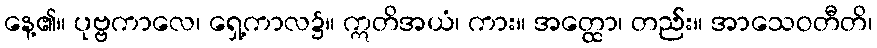
နေ့၏။ ပုဗ္ဗကာလေ၊ ရှေ့ကာလ၌။ ဣတိအယံ၊ ကား။ အတ္ထော၊ တည်း။ အာသေဝတီတိ၊